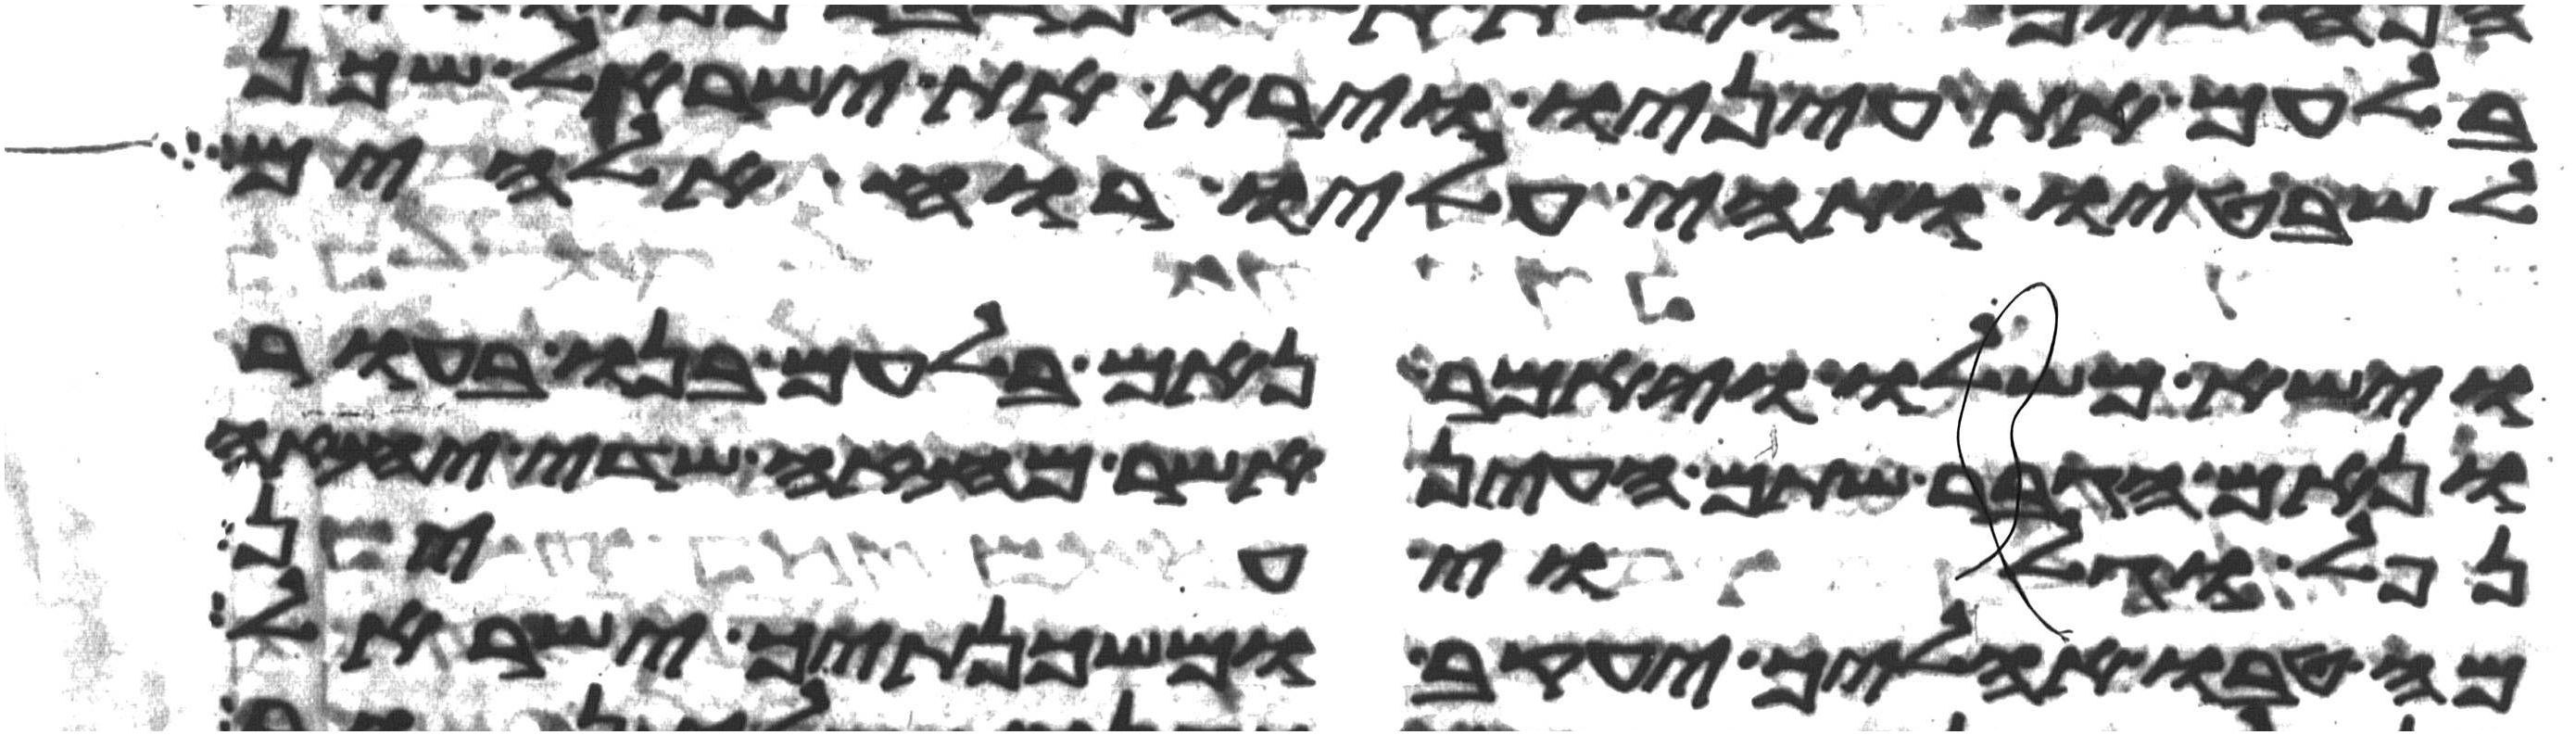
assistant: בלעם את עיניו וירא את ישראל שכן
לשבטיו ותהי עליו רוח אלהים
וישא משלו ויאמר נאם בלעם בנו בעור
ונאם הגבר שתם העין אשר מחזה שדה יחזה
נפל וגלוי עין
מה טבו אהליך יעקב ומשכנתיך ישראל